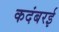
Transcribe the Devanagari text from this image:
कदंबरई